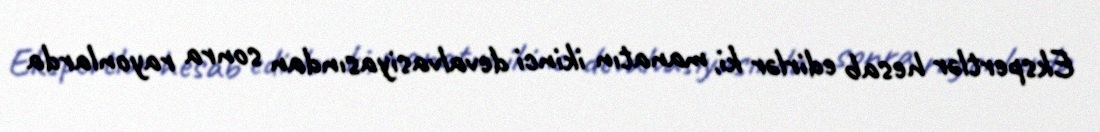
Ekspertlər hesab edirlər ki, manatın ikinci devalvasiyasından sonra rayonlarda